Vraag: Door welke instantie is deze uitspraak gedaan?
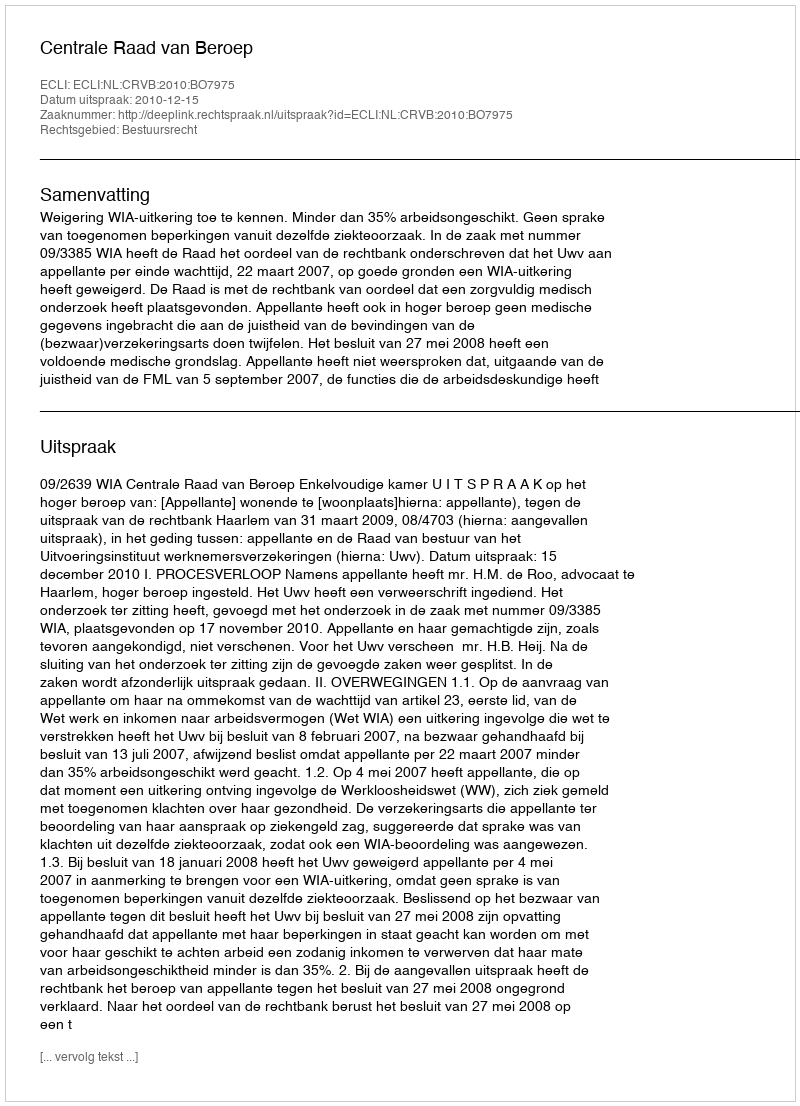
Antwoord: Centrale Raad van Beroep